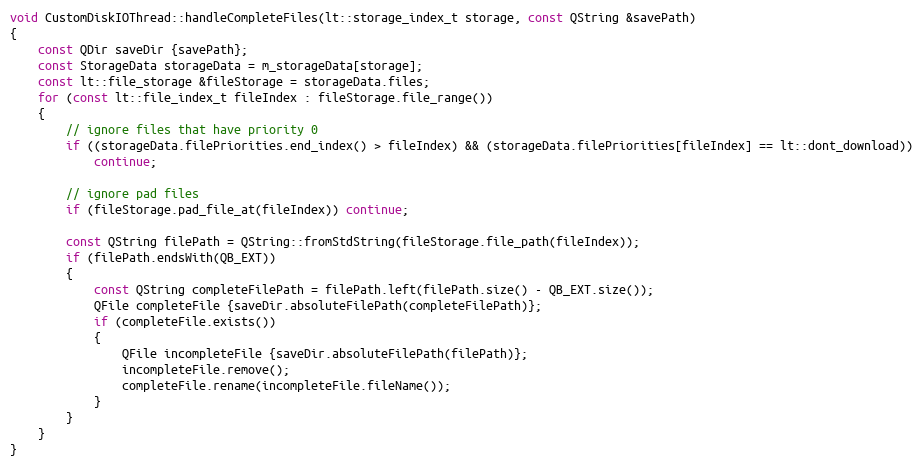
Language: C++
void CustomDiskIOThread::handleCompleteFiles(lt::storage_index_t storage, const QString &savePath)
{
    const QDir saveDir {savePath};
    const StorageData storageData = m_storageData[storage];
    const lt::file_storage &fileStorage = storageData.files;
    for (const lt::file_index_t fileIndex : fileStorage.file_range())
    {
        // ignore files that have priority 0
        if ((storageData.filePriorities.end_index() > fileIndex) && (storageData.filePriorities[fileIndex] == lt::dont_download))
            continue;

        // ignore pad files
        if (fileStorage.pad_file_at(fileIndex)) continue;

        const QString filePath = QString::fromStdString(fileStorage.file_path(fileIndex));
        if (filePath.endsWith(QB_EXT))
        {
            const QString completeFilePath = filePath.left(filePath.size() - QB_EXT.size());
            QFile completeFile {saveDir.absoluteFilePath(completeFilePath)};
            if (completeFile.exists())
            {
                QFile incompleteFile {saveDir.absoluteFilePath(filePath)};
                incompleteFile.remove();
                completeFile.rename(incompleteFile.fileName());
            }
        }
    }
}